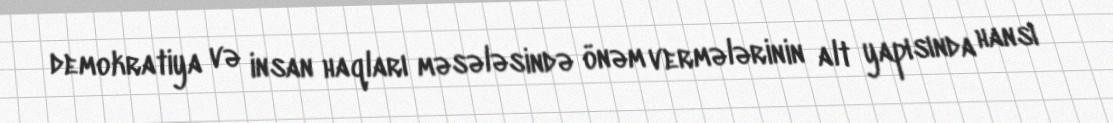
demokratiya və insan haqları məsələsində önəm vermələrinin alt yapısında hansı